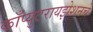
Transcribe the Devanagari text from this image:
काँप्युटरायझेशनचे